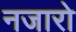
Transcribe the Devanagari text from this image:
नजारो